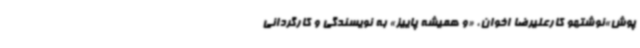
پوش»نوشتهو کارعلیرضا اخوان، «و همیشه پاییز» به نویسندگی و کارگردانی